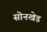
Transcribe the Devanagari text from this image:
सोनखेड